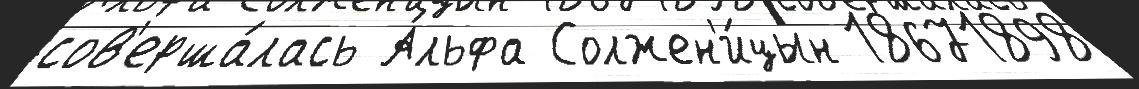
сов'ерша́лась А́льфа Солжен'и́цын 18671898